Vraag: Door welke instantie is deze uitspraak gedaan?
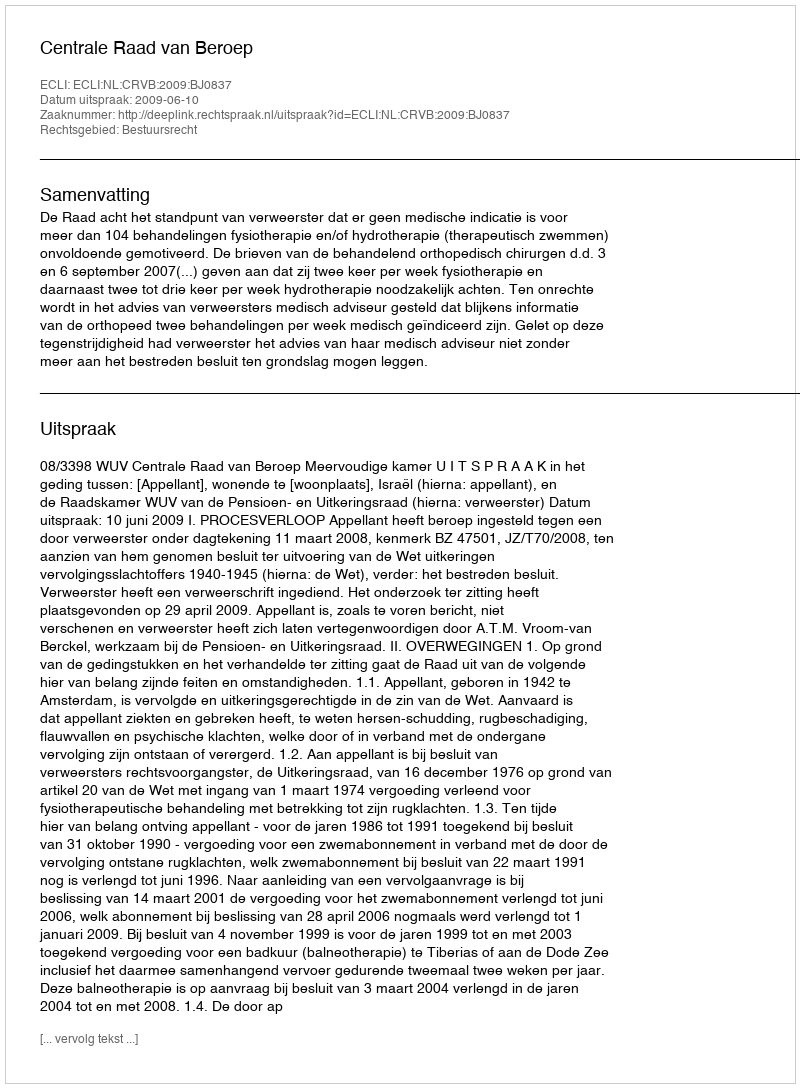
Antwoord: Centrale Raad van Beroep